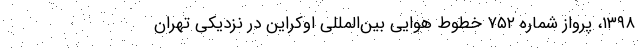
۱۳۹۸، پرواز شماره ۷۵۲ خطوط هوایی بین‌المللی اوکراین در نزدیکی تهران